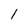
Character: l